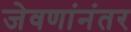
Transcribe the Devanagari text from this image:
जेवणांनंतर